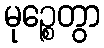
မုဉ္စေတွာ